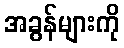
အခွန်များကို